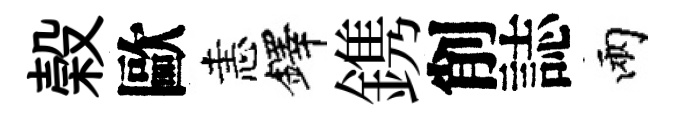
榖歐恚鐸鎸削誌兩